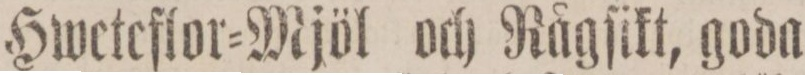
Hweteflor=Mjöl och Rågſikt, goda